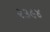
૨૩૯૪